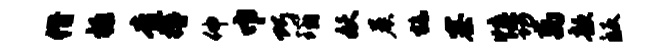
僭禄查樽伸巾巧瑙妖晨施寨慎功离歆皈